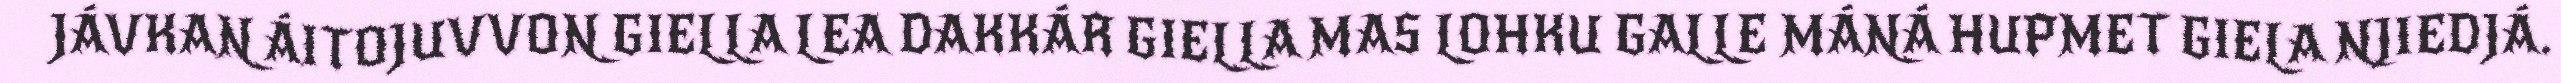
JÁVKAN ÁITOJUVVON GIELLA LEA DAKKÁR GIELLA MAS LOHKU GALLE MÁNÁ HUPMET GIELA NJIEDJÁ.